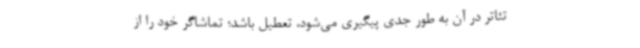
تئاتر در آن به طور جدی پیگیری می‌شود، تعطیل باشد؛ تماشاگر خود را از